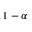
1 - \alpha